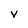
Character: v